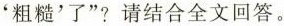
‘粗糙’了”？请结合全文回答。